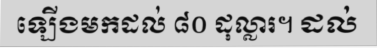
ឡើងមកដល់ ៨០ ដុល្លារ។ ដល់